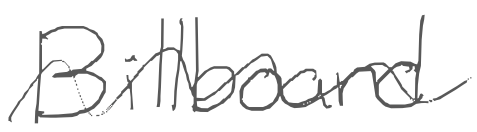
Text: Billboard
Cross-out: wave
Writing tool: digital_gray